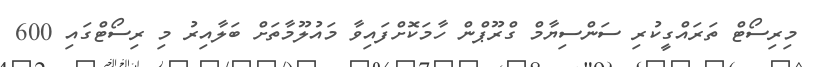
މިރިސޯޓް ތަރައްގީކުރި ސަންސިޔާމް ގްރޫޕްން ހާމަކޮށްފައިވާ މައުލޫމާތަށް ބަލާއިރު މި ރިސޯޓްގައި 600